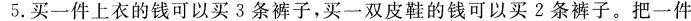
5.买一件上衣的钱可以买3条裤子，买一双皮鞋的钱可以买2条裤子。把一件